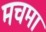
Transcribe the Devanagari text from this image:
मचमा